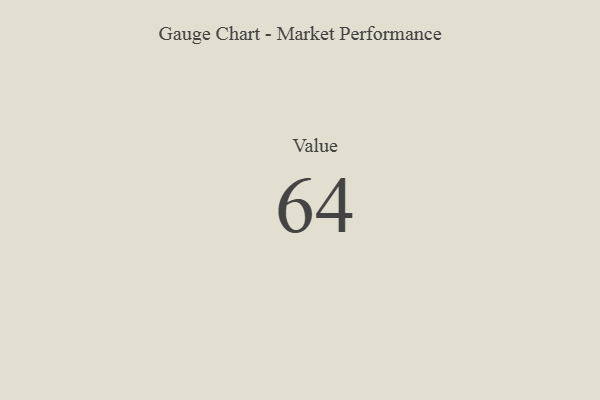
{"axis": {"x": "Metric", "y": "Value"}, "legend": [""], "data": [{"x": "Value", "y": 64, "type": ""}]}